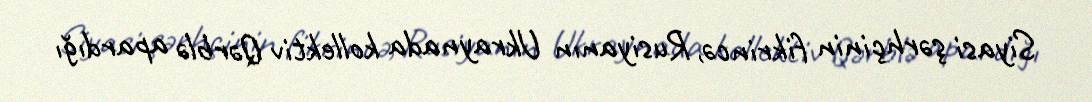
Siyasi şərhçinin fikrincə, Rusiyanın Ukraynada kollektiv Qərblə apardığı